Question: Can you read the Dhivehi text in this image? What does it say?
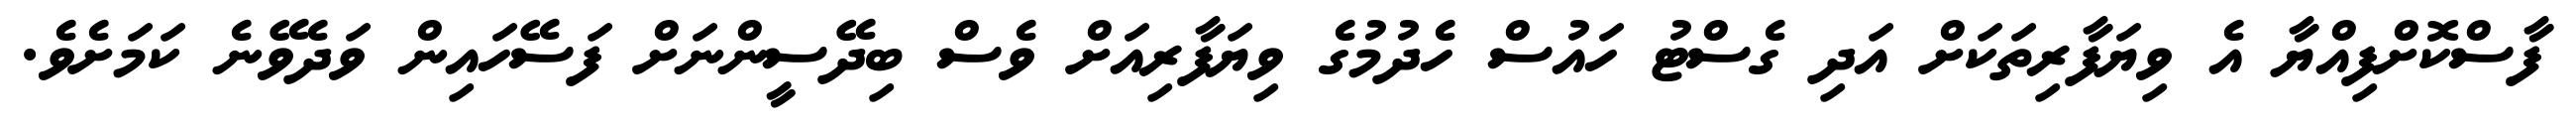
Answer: ފާސްކޮށްފިއްޔާ އެ ވިޔަފާރިތަކަށް އަދި ގެސްޓު ހައުސް ހެދުމުގެ ވިޔަފާރިއަށް ވެސް ބިދޭސީންނަށް ފަސޭހައިން ވަދެވޭނެ ކަމަށެވެ.